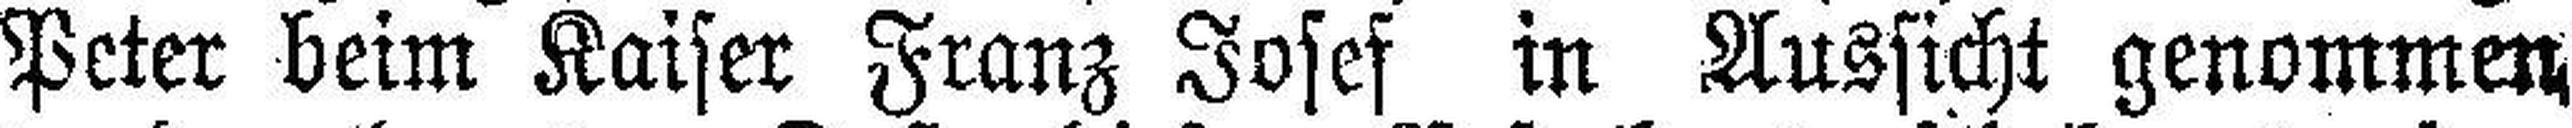
Peter beim Kaiser Franz Josef in Aussicht genommen